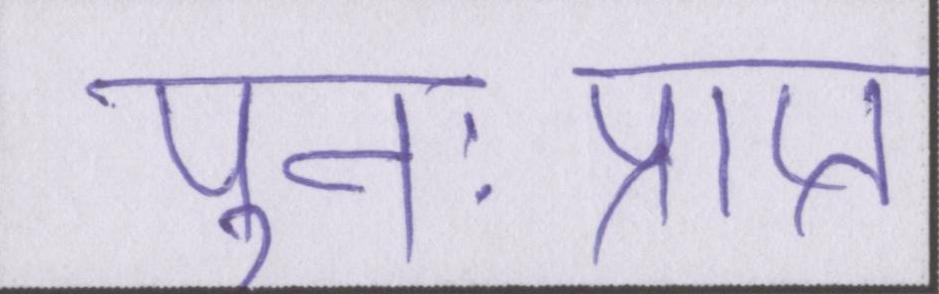
पुनःप्राप्त